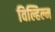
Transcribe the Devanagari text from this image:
विल्हिल्म